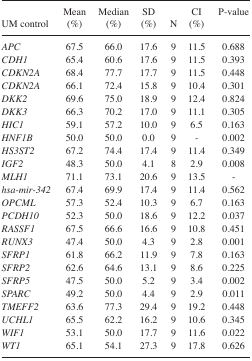
<table><thead><tr><td><b>UM control</b></td><td><b>Mean (%)</b></td><td><b>Median (%)</b></td><td><b>SD (%)</b></td><td><b>N</b></td><td><b>CI (%)</b></td><td><b>P-value</b></td></tr></thead><tbody><tr><td><i>APC</i></td><td>67.5</td><td>66.0</td><td>17.6</td><td>9</td><td>11.5</td><td>0.688</td></tr><tr><td><i>CDH1</i></td><td>65.4</td><td>60.6</td><td>17.6</td><td>9</td><td>11.5</td><td>0.393</td></tr><tr><td><i>CDKN2A</i></td><td>68.4</td><td>77.7</td><td>17.7</td><td>9</td><td>11.5</td><td>0.448</td></tr><tr><td><i>CDKN2A</i></td><td>66.1</td><td>72.4</td><td>15.8</td><td>9</td><td>10.4</td><td>0.301</td></tr><tr><td><i>DKK2</i></td><td>69.6</td><td>75.0</td><td>18.9</td><td>9</td><td>12.4</td><td>0.824</td></tr><tr><td><i>DKK3</i></td><td>66.3</td><td>70.2</td><td>17.0</td><td>9</td><td>11.1</td><td>0.305</td></tr><tr><td><i>HIC1</i></td><td>59.1</td><td>57.2</td><td>10.0</td><td>9</td><td>6.5</td><td>0.163</td></tr><tr><td><i>HNF1B</i></td><td>50.0</td><td>50.0</td><td>0.0</td><td>9</td><td>-</td><td>0.002</td></tr><tr><td><i>HS3ST2</i></td><td>67.2</td><td>74.4</td><td>17.4</td><td>9</td><td>11.4</td><td>0.349</td></tr><tr><td><i>IGF2</i></td><td>48.3</td><td>50.0</td><td>4.1</td><td>8</td><td>2.9</td><td>0.008</td></tr><tr><td><i>MLH1</i></td><td>71.1</td><td>73.1</td><td>20.6</td><td>9</td><td>13.5</td><td>-</td></tr><tr><td><i>hsa-mir-342</i></td><td>67.4</td><td>69.9</td><td>17.4</td><td>9</td><td>11.4</td><td>0.562</td></tr><tr><td><i>OPCML</i></td><td>57.3</td><td>52.4</td><td>10.3</td><td>9</td><td>6.7</td><td>0.163</td></tr><tr><td><i>PCDH10</i></td><td>52.3</td><td>50.0</td><td>18.6</td><td>9</td><td>12.2</td><td>0.037</td></tr><tr><td><i>RASSF1</i></td><td>67.5</td><td>66.6</td><td>16.6</td><td>9</td><td>10.8</td><td>0.451</td></tr><tr><td><i>RUNX3</i></td><td>47.4</td><td>50.0</td><td>4.3</td><td>9</td><td>2.8</td><td>0.001</td></tr><tr><td><i>SFRP1</i></td><td>61.8</td><td>66.2</td><td>11.9</td><td>9</td><td>7.8</td><td>0.163</td></tr><tr><td><i>SFRP2</i></td><td>62.6</td><td>64.6</td><td>13.1</td><td>9</td><td>8.6</td><td>0.225</td></tr><tr><td><i>SFRP5</i></td><td>47.5</td><td>50.0</td><td>5.2</td><td>9</td><td>3.4</td><td>0.002</td></tr><tr><td><i>SPARC</i></td><td>49.2</td><td>50.0</td><td>4.4</td><td>9</td><td>2.9</td><td>0.011</td></tr><tr><td><i>TMEFF2</i></td><td>63.6</td><td>77.3</td><td>29.4</td><td>9</td><td>19.2</td><td>0.448</td></tr><tr><td><i>UCHL1</i></td><td>65.5</td><td>62.2</td><td>16.2</td><td>9</td><td>10.6</td><td>0.345</td></tr><tr><td><i>WIF1</i></td><td>53.1</td><td>50.0</td><td>17.7</td><td>9</td><td>11.6</td><td>0.022</td></tr><tr><td><i>WT1</i></td><td>65.1</td><td>54.1</td><td>27.3</td><td>9</td><td>17.8</td><td>0.626</td></tr></tbody></table>